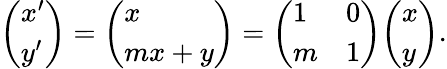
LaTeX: {\left(\begin{array}{l}{x^{\prime}}\\ {y^{\prime}}\end{array}\right)}={\left(\begin{array}{l}{x}\\ {mx+y}\end{array}\right)}={\left(\begin{array}{ll}{1}&{0}\\ {m}&{1}\end{array}\right)}{\left(\begin{array}{l}{x}\\ {y}\end{array}\right)}.